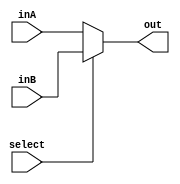
`timescale 1ns / 1ps

module Mux32Bit2To1(inA, inB, select, out);

    output reg [31:0] out;
    
    input [31:0] inA;
    input [31:0] inB;
    input select;

    always @(select, inA, inB) begin
        if (select == 1) begin
            out <= inB;
        end 
        else begin
            out <= inA;
        end
    end

endmodule